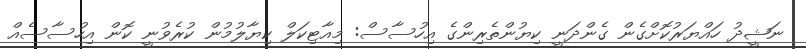
ނަޝީދު ހައްޔަރުކޮށްގެން ގެންދަނީ ކިޔުންތެރިންގެ އިހުސާސް: މިއާޓިކަލް ކިޔާލުމުން ކުރެވުނީ ކޮން އިހުސާސެއް